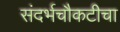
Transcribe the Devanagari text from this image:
संदर्भचौकटीचा